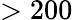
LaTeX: >200